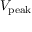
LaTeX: V _ { \mathrm { p e a k } }